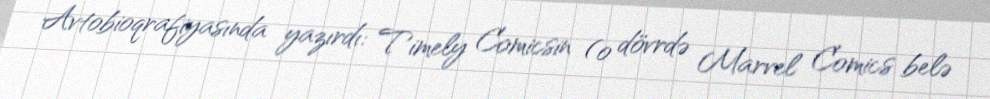
Avtobioqrafiyasında yazırdı: Timely Comicsin (o dövrdə Marvel Comics belə